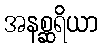
အနစ္ဆရိယာ